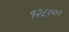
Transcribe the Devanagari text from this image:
१२८०००